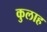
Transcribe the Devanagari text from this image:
कुलाह